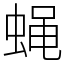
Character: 蝇